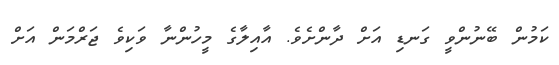
ކަމުން ބޭނުންވީ ގަނޑި އަށް ދާންށެވެ. އާއިލާގެ މީހުންނާ ވަކިވެ ޖަރްމަން އަށް